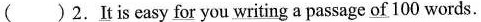
( ) 2. \underline{It} is easy \underline{for} you \underline{writing} a passage \underline{of} 100 words.